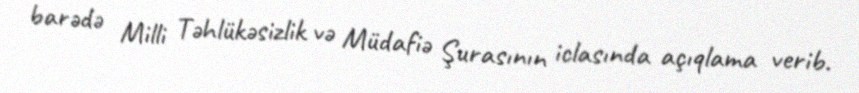
barədə Milli Təhlükəsizlik və Müdafiə Şurasının iclasında açıqlama verib.